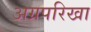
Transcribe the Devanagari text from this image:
अग्रपरिखा